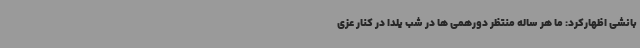
بانشی اظهارکرد: ما هر ساله منتظر دورهمی ها در شب یلدا در کنار عزی